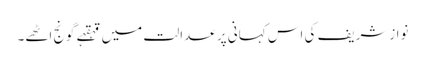
نوازشریف کی اس کہانی پر عدالت میں قہقہے گونج اٹھے۔